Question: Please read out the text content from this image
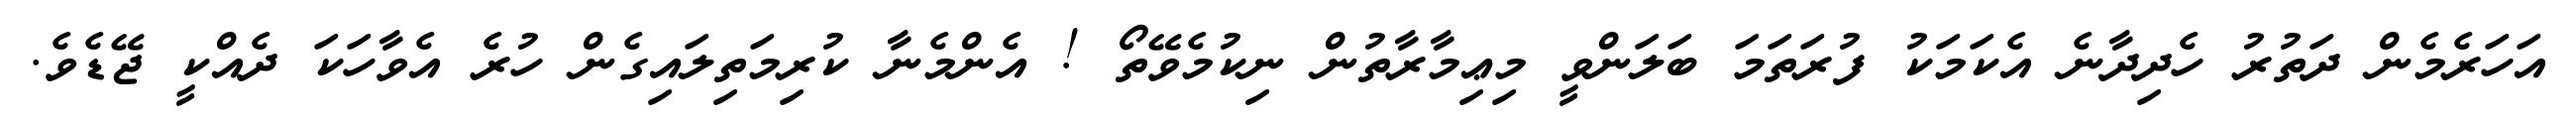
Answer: އަހަރެމެން ދަތުރު ހެދިދާނެ އެކަމަކު ފުރަތަމަ ބަލަންވީ މިޢިމާރާތުން ނިކުމެވޭތޯ ! އެންމެނާ ކުރިމަތިލައިގެން ހުރެ އެވާހަކަ ދެއްކީ ޖޭޑެވެ.